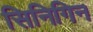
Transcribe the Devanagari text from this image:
सिनिगिन